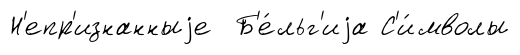
Н'епр'изнанныjе Б'е́льг'иjа С'и́мволы